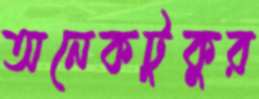
অনেকটুকুর